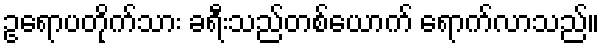
ဥရောပတိုက်သား ခရီးသည်တစ်ယောက် ရောက်လာသည်။